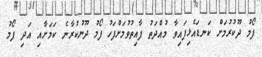
ފޯމު ދޫކުރުމަށް ކަނޑައެޅިފައިވާ މުއްދަތު ފާއިތުވުމަށްފަހު ފޯމު ދޫނުކުރާނެ ކަމަށާއި އަދި ފޯމު